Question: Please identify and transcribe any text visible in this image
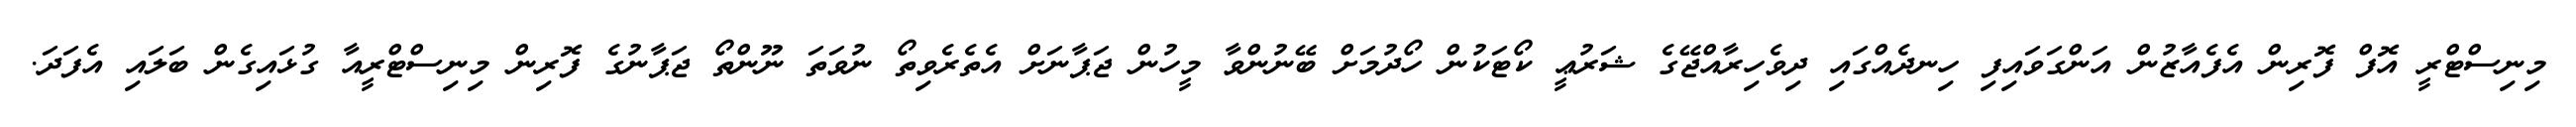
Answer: މިނިސްޓްރީ އޮފް ފޮރިން އެފެއާޒުން އަންގަވައިފި ހިނދެއްގައި ދިވެހިރާއްޖޭގެ ޝަރުޢީ ކޯޓަކުން ހޯދުމަށް ބޭނުންވާ މީހުން ޖަޕާނަށް އެތެރެވިތޯ ނުވަތަ ނޫންތޯ ޖަޕާނުގެ ފޮރިން މިނިސްޓްރީއާ ގުޅައިގެން ބަލައި އެފަދަ.